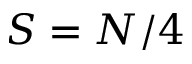
S = N / 4